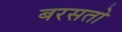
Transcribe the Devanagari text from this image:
बरसतो